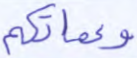
وعماتكم